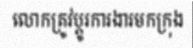
លោកត្រូវប្តូរការងារមកក្រុង